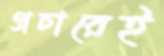
প্রচারেই